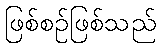
ဖြစ်စဉ်ဖြစ်သည်